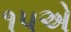
૧૫એ